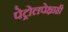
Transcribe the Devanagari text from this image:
पेट्रोलपेक्षाही